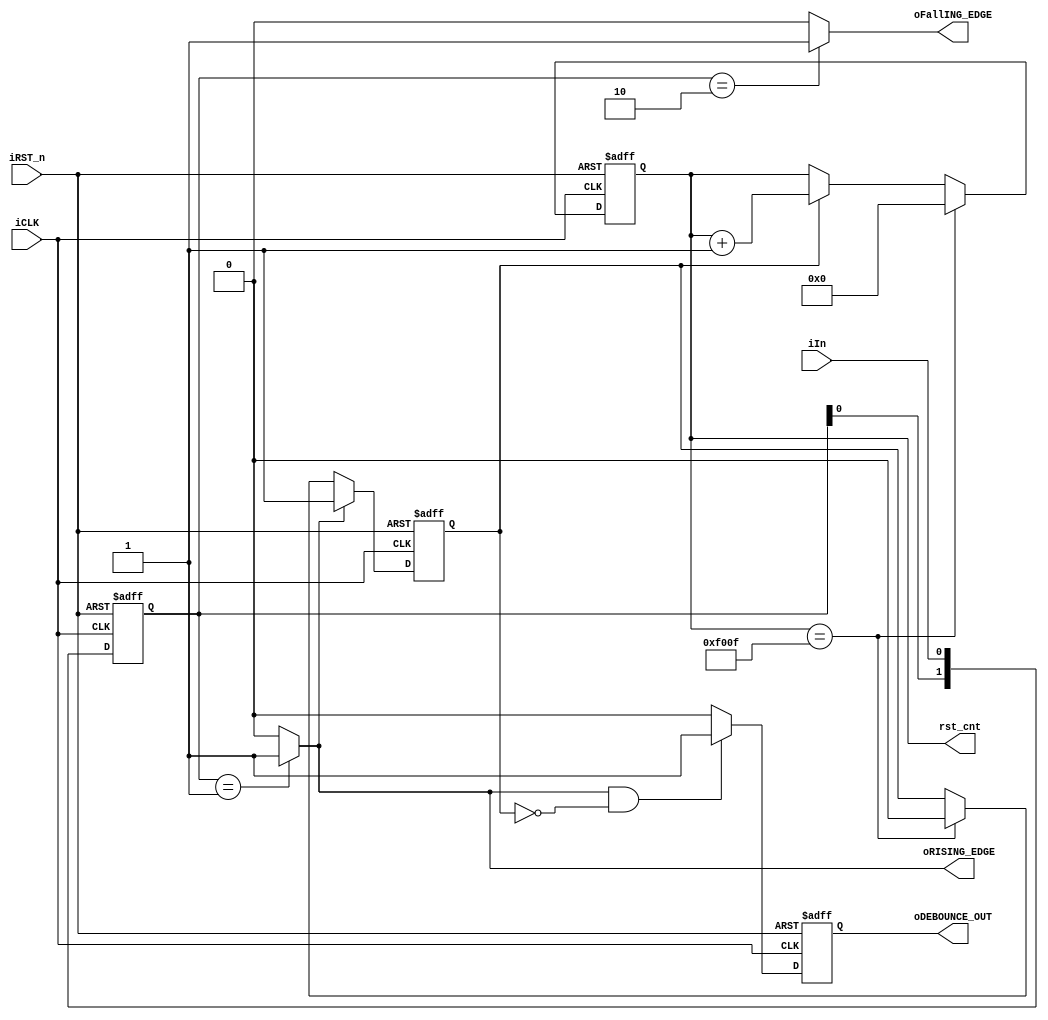
`define DEBOUNCE_VALUE 16'hf00f
 module edge_detector (

iCLK,
iRST_n,
iIn,
oFallING_EDGE,
oRISING_EDGE,
oDEBOUNCE_OUT,
rst_cnt
);

input iCLK;
input iRST_n;

input iIn;
output oFallING_EDGE;
output oRISING_EDGE;

reg  [1:0] in_delay_reg;
reg cnt_enable;


always@(posedge iCLK or negedge iRST_n)
	begin
		if (!iRST_n)
			begin
				in_delay_reg <= 0;
			end
		else
			begin
				in_delay_reg <= {in_delay_reg[0],iIn};	
			end	
	end
	
			 
assign oFallING_EDGE = (in_delay_reg == 2'b10) ? 1'b1 : 1'b0;	
assign oRISING_EDGE = (in_delay_reg == 2'b01) ? 1'b1 : 1'b0;	


output reg [15:0] rst_cnt;

always@(posedge iCLK or negedge iRST_n)
	begin
		if (!iRST_n)
			begin
				rst_cnt <= 0;
			end
		else if (rst_cnt == `DEBOUNCE_VALUE)
			rst_cnt <= 0;
		else if (cnt_enable)
			begin 
				rst_cnt <= rst_cnt + 1;
			end
	end		
			
			
always@(posedge iCLK or negedge iRST_n)
	begin
		if (!iRST_n)
			begin
				cnt_enable <= 1'b0;
			end
		else if (oRISING_EDGE)
			begin
				cnt_enable <= 1'b1;
			end
		else if (rst_cnt == `DEBOUNCE_VALUE)
			begin
				cnt_enable <= 1'b0;
			end 
	end


output reg oDEBOUNCE_OUT;


always@(posedge iCLK or negedge iRST_n)
	begin
		if (!iRST_n)
			begin
				oDEBOUNCE_OUT <= 1'b0;
			end
		else if (oRISING_EDGE && ~cnt_enable)
			begin
				oDEBOUNCE_OUT <= 1'b1;
			end
		else 
			oDEBOUNCE_OUT <= 1'b0;
		
	end		
			
endmodule